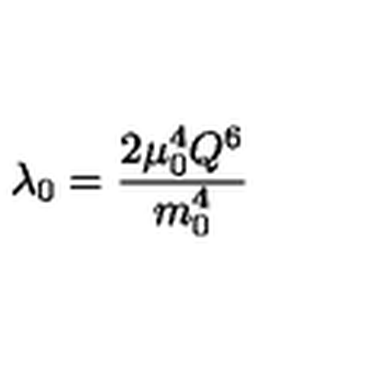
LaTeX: \lambda _ { 0 } = \frac { 2 \mu _ { 0 } ^ { 4 } Q ^ { 6 } } { m _ { 0 } ^ { 4 } }